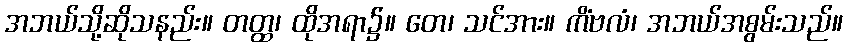
အဘယ်သို့ဆိုသနည်း။ တတ္ထ၊ ထိုအရာ၌။ တေ၊ သင်အား။ ကိံဗလံ၊ အဘယ်အစွမ်းသည်။